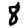
Digit: 8